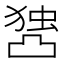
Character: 𰄖